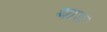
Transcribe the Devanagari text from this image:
थाङ